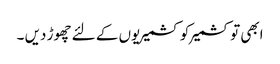
ابھی تو کشمیر کو کشمیریوں کے لئے چھوڑ دیں ۔